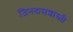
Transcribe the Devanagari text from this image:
जिनदासशास्त्री